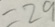
= 2 9